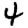
Digit: 4